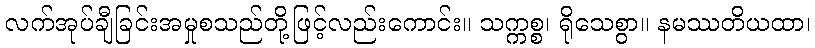
လက်အုပ်ချီခြင်းအမှုစသည်တို့ဖြင့်လည်းကောင်း။ သက္ကစ္စ၊ ရိုသေစွာ။ နမဿတိယထာ၊